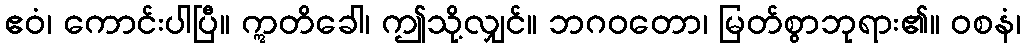
ဧဝံ၊ ကောင်းပါပြီ။ ဣတိခေါ၊ ဤသို့လျှင်။ ဘဂဝတော၊ မြတ်စွာဘုရား၏။ ဝစနံ၊